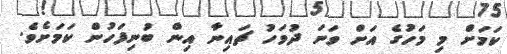
ކަމަށް މި މަހުގެ އަށް ވަނަ ދުވަހު ޗައިނާ އިން ބުނިފަހުން ކަމަށެވެ.